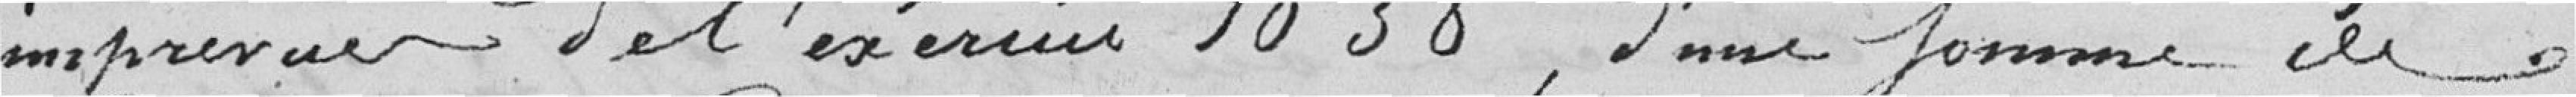
imprévues de l'exercice 1838, d'une somme de